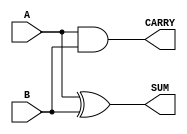
module parameterized_half_adder #(
    parameter WIDTH = 1  // Default width is set to 1
)(
    input  [WIDTH-1:0] A,  // Input A of specified width
    input  [WIDTH-1:0] B,  // Input B of specified width
    output [WIDTH-1:0] SUM, // Output SUM of specified width
    output CARRY            // Output CARRY (single bit)
);

    // Sum is calculated using bitwise XOR
    assign SUM = A ^ B;

    // Carry is calculated using bitwise AND
    assign CARRY = A & B;

endmodule